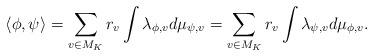
LaTeX: \begin{align*}\langle\phi,\psi\rangle = \sum_{v\in M_K}r_v\int\lambda_{\phi,v}d\mu_{\psi,v} =\sum_{v\in M_K}r_v\int\lambda_{\psi,v}d\mu_{\phi,v}.\end{align*}